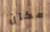
مكان